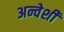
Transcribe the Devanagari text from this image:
अन्वेशी